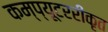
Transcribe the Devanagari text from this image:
कम्प्यूटररीकृत